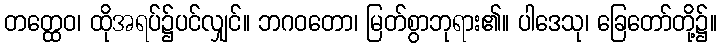
တတ္ထေဝ၊ ထိုအရပ်၌ပင်လျှင်။ ဘဂဝတော၊ မြတ်စွာဘုရား၏။ ပါဒေသု၊ ခြေတော်တို့၌။